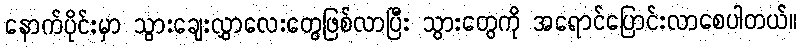
နောက်ပိုင်းမှာ သွားချေးလွှာလေးတွေဖြစ်လာပြီး သွားတွေကို အရောင်ပြောင်းလာစေပါတယ်။